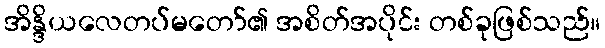
အိန္ဒိယလေတပ်မတော်၏ အစိတ်အပိုင်း တစ်ခုဖြစ်သည်။